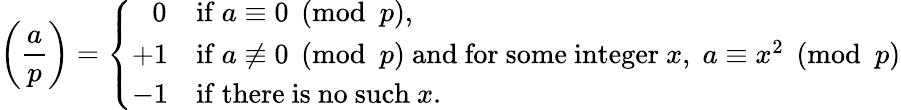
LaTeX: \left({\frac{a}{p}}\right)={\left\{ \begin{array}{ll}{\; \; \, 0}&{{\mathrm{if~}}a\equiv 0{\pmod{p}},}\\ {+1}&{{\mathrm{if~}}a\not\equiv 0{\pmod{p}}{\mathrm{~and~for~some~integer~}}x,\; a\equiv x^{2}{\pmod{p}}}\\ {-1}&{{\mathrm{if~there~is~no~such~}}x.}\end{array}\right.}